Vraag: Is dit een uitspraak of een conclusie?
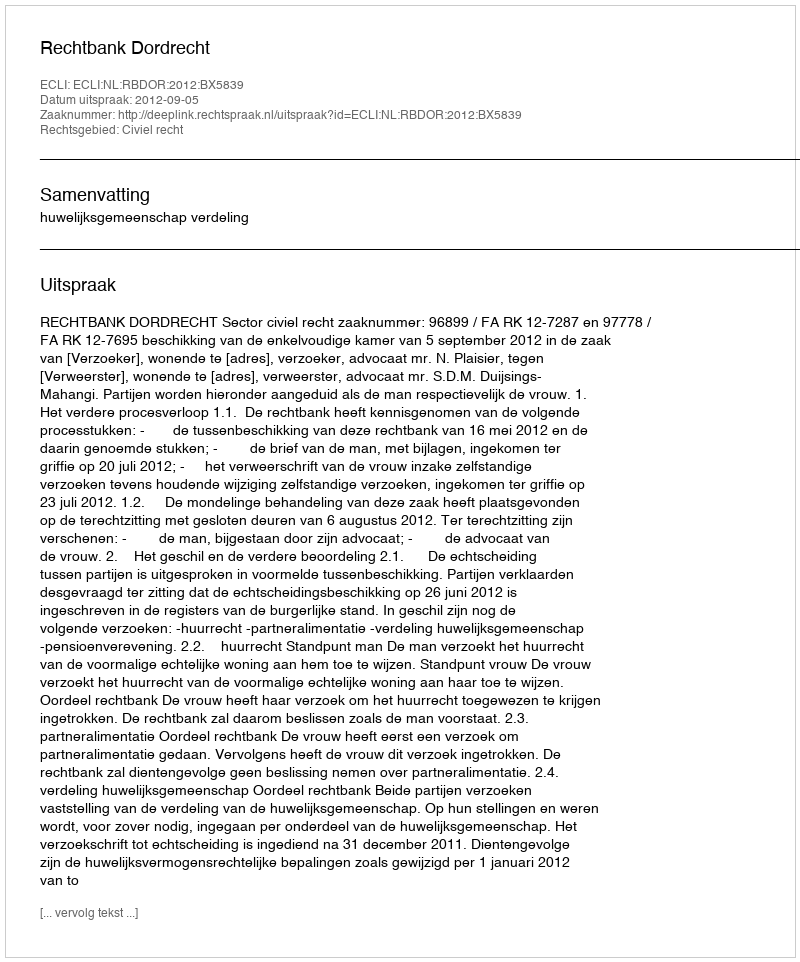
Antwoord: Uitspraak